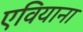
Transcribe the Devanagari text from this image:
एवियाना